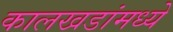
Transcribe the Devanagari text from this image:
कालखडांमध्ये